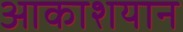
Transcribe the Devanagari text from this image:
आकाशयान